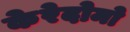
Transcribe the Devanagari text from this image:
केरेदोमो